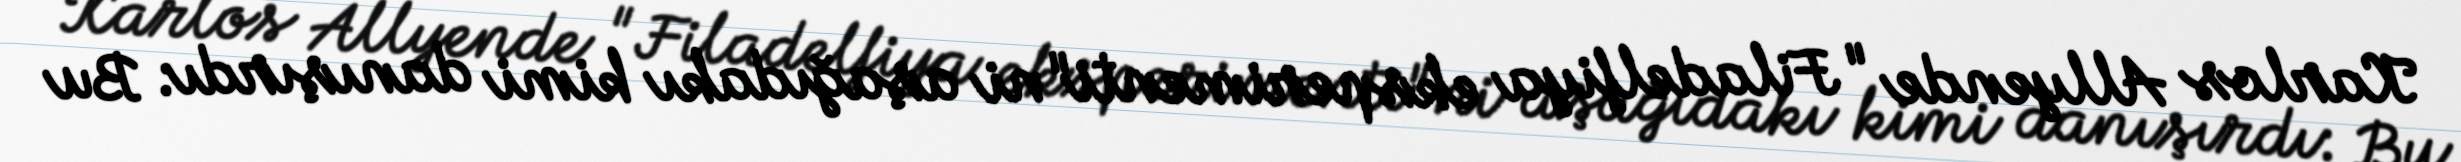
Karlos Allyende "Filadelfiya eksperimenti"ni aşağıdakı kimi danışırdı: Bu